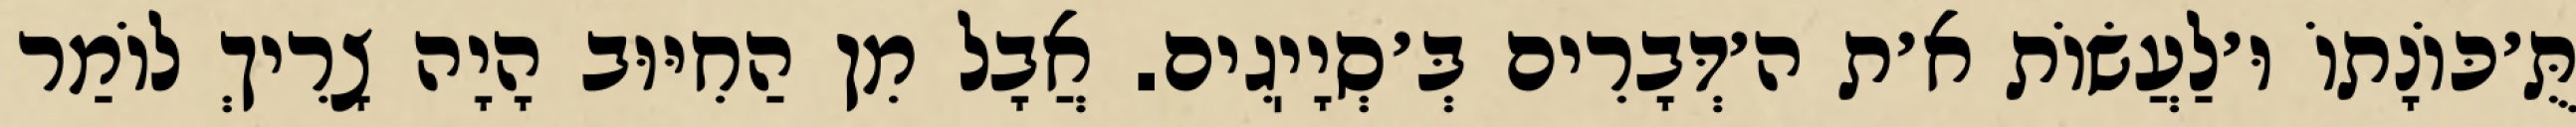
תֻּ׳כּוֹנָתוֹ וּ׳לַעֲשׂוֹת א׳ת ה׳דְּבָרִים בְּ׳סְיָיֽגִים. אֲבָל מִן הַחִיּוּב הָיָה צָרִיךְ לוֹמַר